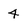
Character: 4